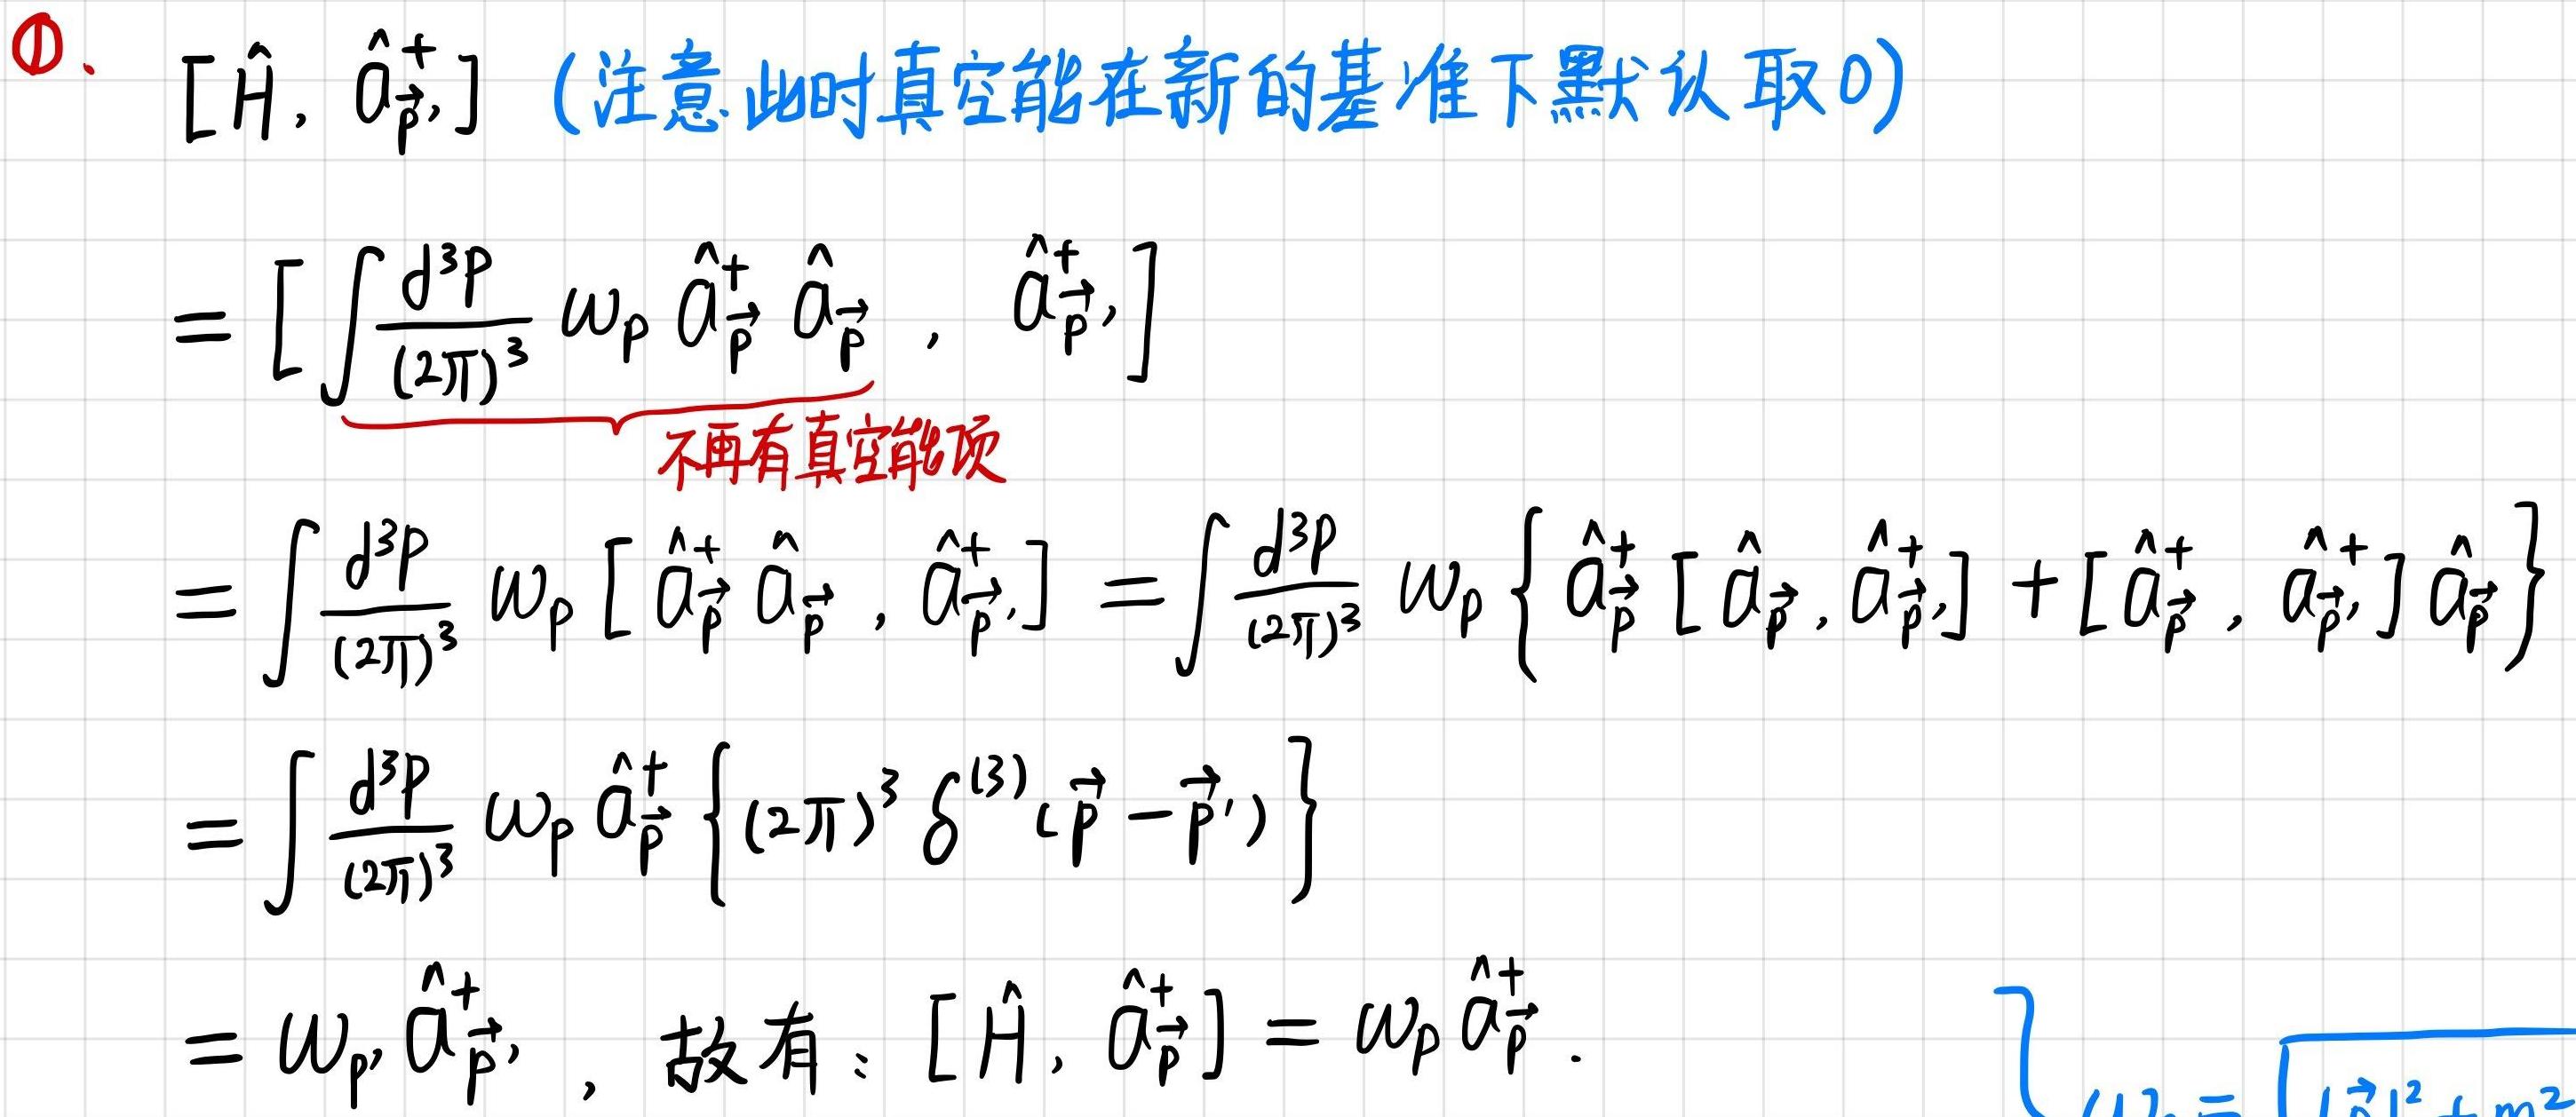
\[&\textcircled{1}.\hat{H},\hat{a}_{\vec{p}'}^{\dagger}]\]注意此时真空能在新的基准下默认取0)\\
\[=&\left[\int\frac{d^{3}p}{(2\pi)^{3}}\omega_{p}\hat{a}_{\vec{p}}^{\dagger}\hat{a}_{\vec{p}},\hat{a}_{\vec{p}'}^{\dagger}\right]\]\\
\[=&\int\frac{d^{3}p}{(2\pi)^{3}}\omega_{p}\left[\hat{a}_{\vec{p}}^{\dagger}\hat{a}_{\vec{p}},\hat{a}_{\vec{p}'}^{\dagger}\right]=\int\frac{d^{3}p}{(2\pi)^{3}}\omega_{p}\left\{\hat{a}_{\vec{p}}^{\dagger}\left[\hat{a}_{\vec{p}},\hat{a}_{\vec{p}'}^{\dagger}\right]+\left[\hat{a}_{\vec{p}}^{\dagger},\hat{a}_{\vec{p}'}^{\dagger}\right]\hat{a}_{\vec{p}}\right\}\]\\
\[=&\int\frac{d^{3}p}{(2\pi)^{3}}\omega_{p}\hat{a}_{\vec{p}}^{\dagger}\left\{(2\pi)^{3}\delta^{(3)}(\vec{p}-\vec{p}')\right\}\]\\
\[=&\omega_{p'}\hat{a}_{\vec{p}'}^{\dagger},text{\]故有：\[}[\hat{H},\hat{a}_{\vec{p}'}^{\dagger}]=\omega_{p}\hat{a}_{\vec{p}'}^{\dagger}.\]